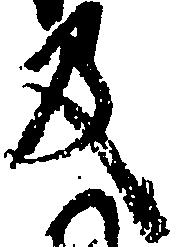
及